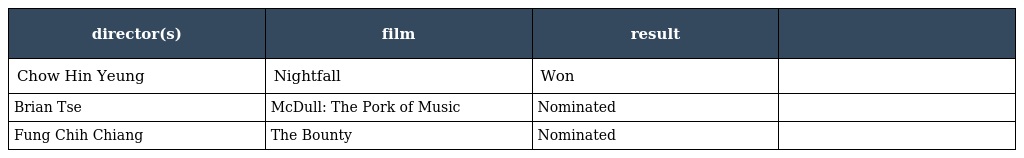
| director(s) | film | result |  |
 | --- | --- | --- | --- |
 | Chow Hin Yeung | Nightfall | Won |  |
 | Brian Tse | McDull: The Pork of Music | Nominated |  |
 | Fung Chih Chiang | The Bounty | Nominated |  |